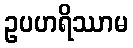
ဥပဟရိဿာမ